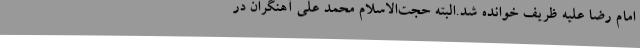
امام رضا علیه ظریف خوانده شد.البته حجت‌الاسلام محمد علی آهنگران در